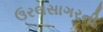
ઉરલસાગરની